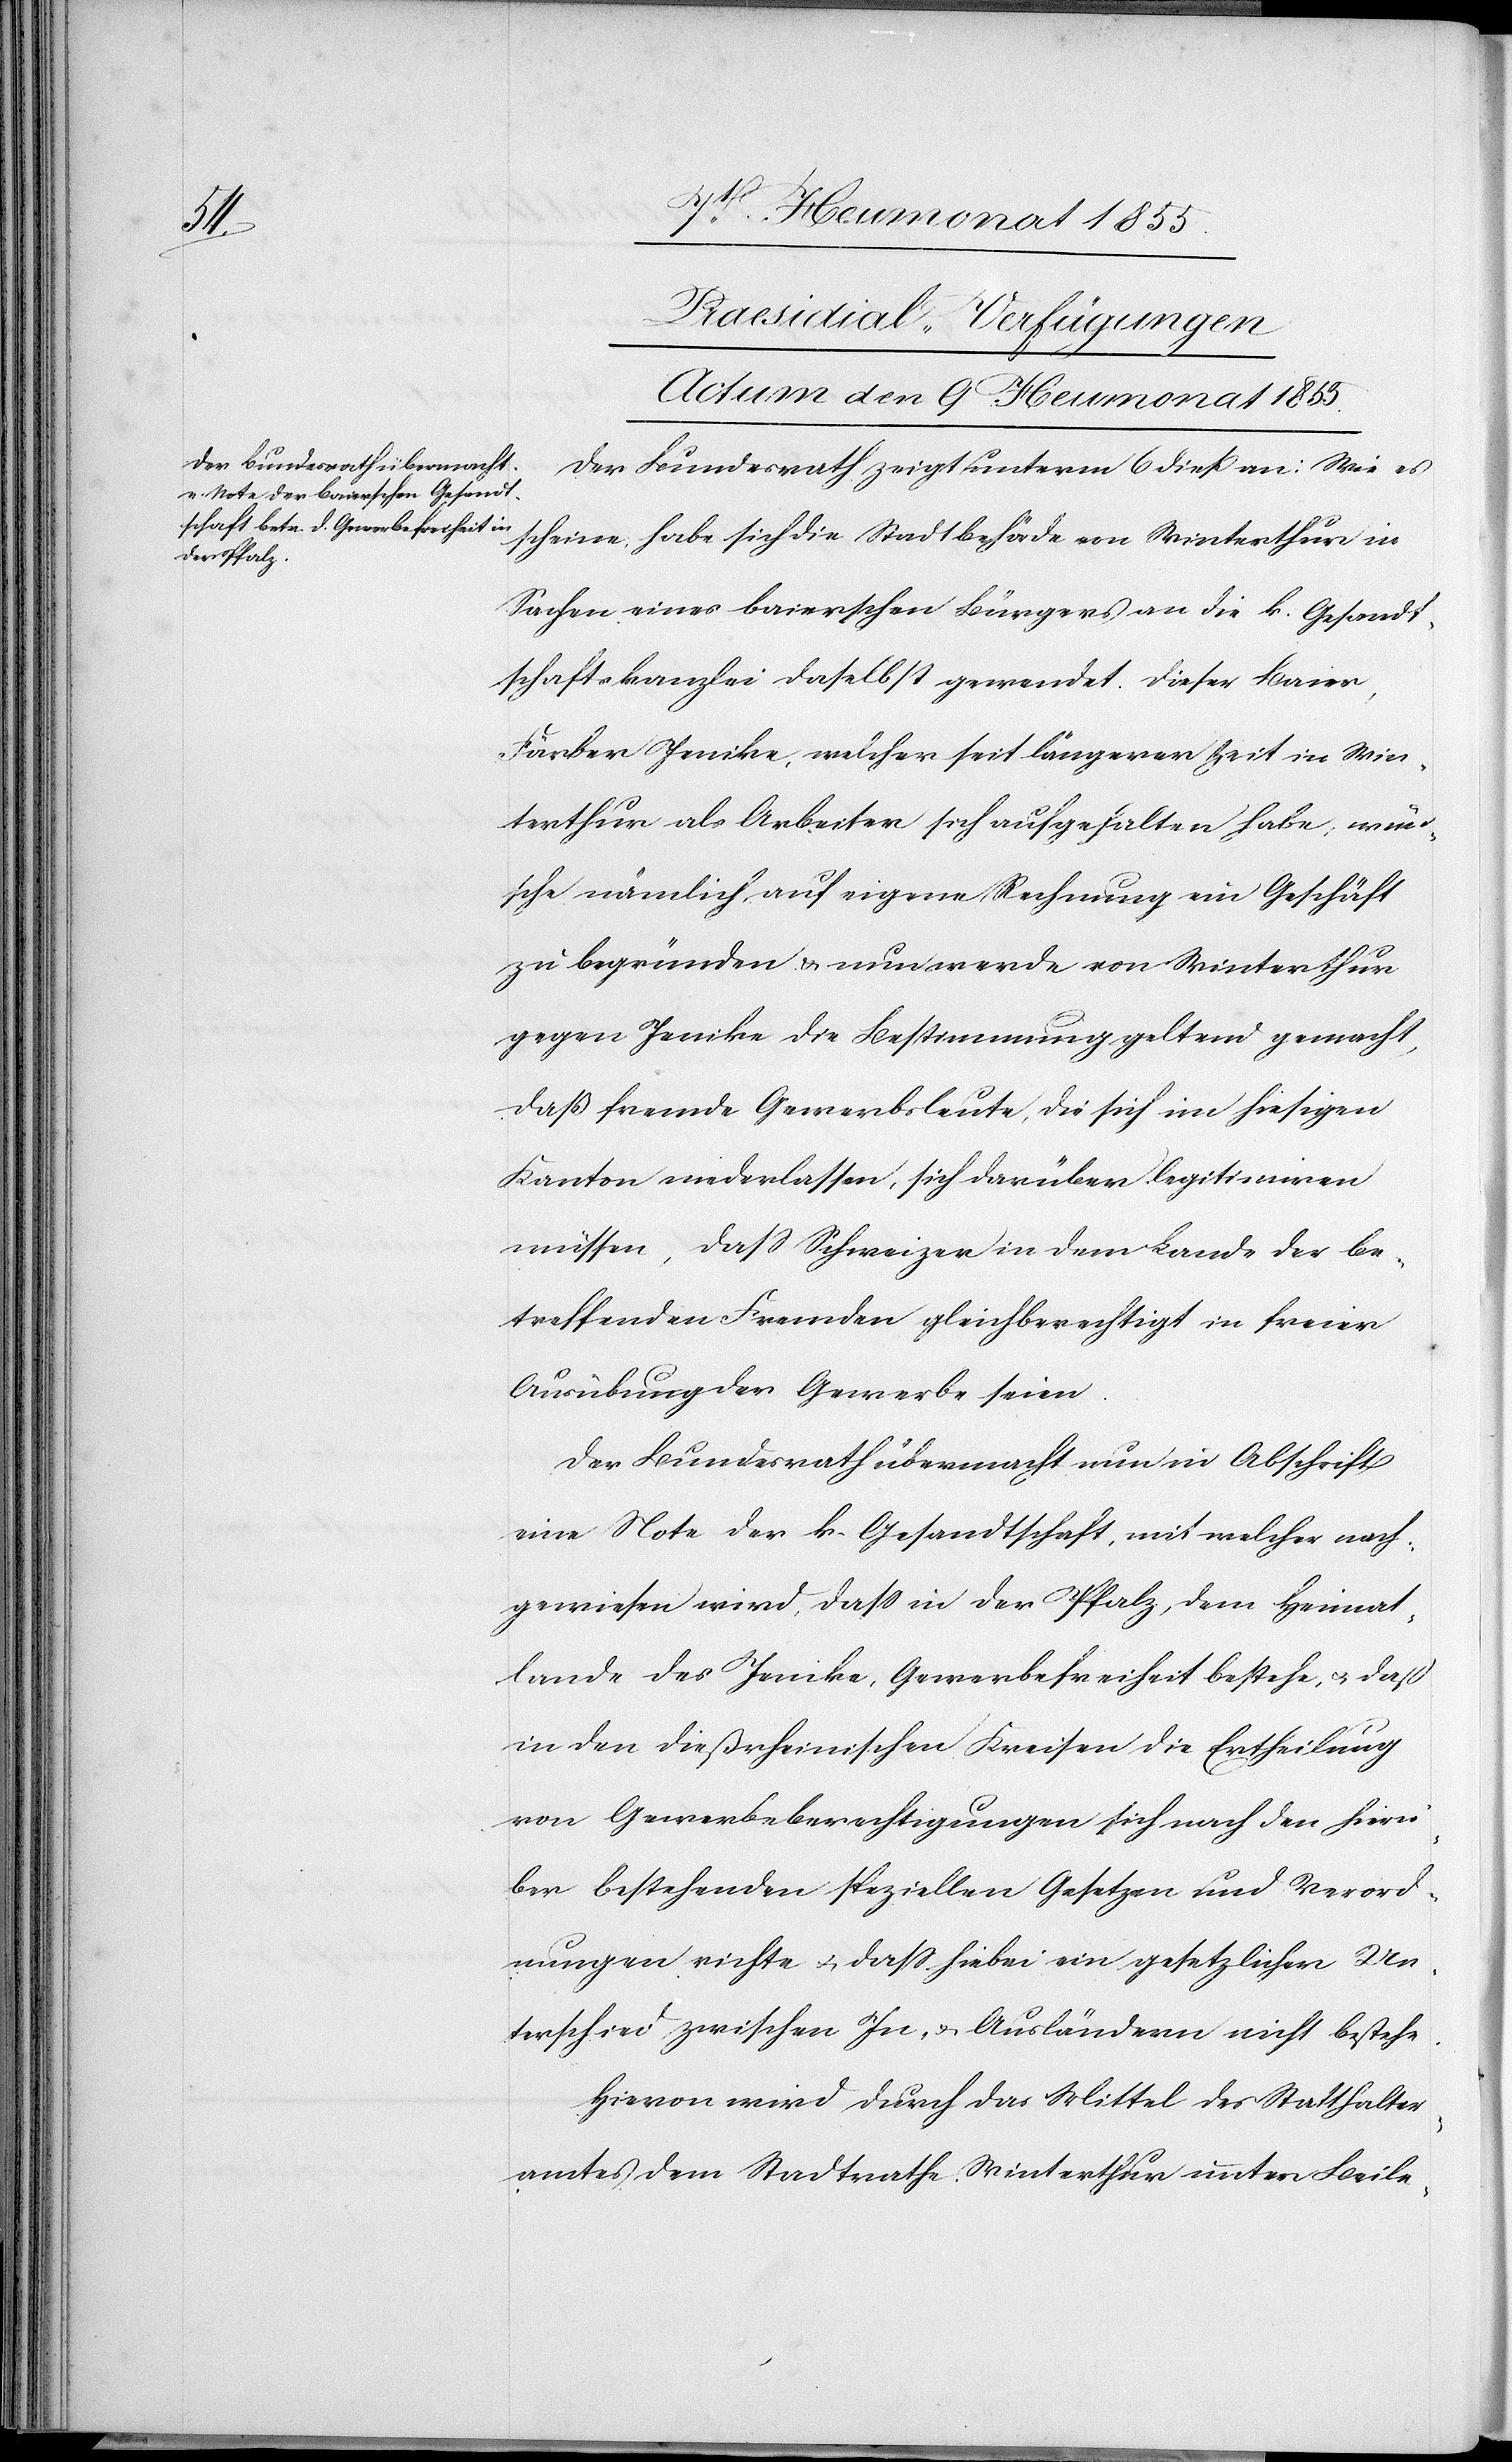
Praesidial-Verfügungen
Actum den 9 Heumonat 1855.
Der Bundesrath zeigt unterm 6 dieß an: Wie es
scheine, habe sich die Stadtbehörde von Winterthur in
Sachen eines baierschen Bürgers an die k. Gesandt¬
schaftskanzlei daselbst gewendet. Dieser Baier,
Färber Jenike, welcher seit längerer Zeit in Win¬
terthur als Arbeiter sich aufgehalten habe, wün¬
sche nämlich, auf eigene Rechnung ein Geschäft
zu begründen & nun werde von Winterthur
gegen Jenike die Bestimmung geltend gemacht,
daß fremde Gewerbsleute, die sich im hiesigen
Kanton niederlassen, sich darüber legitimiren
müssen, dass Schweizer in dem Lande der be¬
treffenden Fremden gleichberechtigt in freier
Ausübung der Gewerbe seien.
Der Bundesrath übermacht nun in Abschrift
eine Note der k. Gesandtschaft, mit welcher nach¬
gewiesen wird, dass in der Pfalz, dem Heimat¬
lande des Jenike, Gewerbefreiheit bestehe, & daß
in den dießrheinischen Kreisen die Ertheilung
von Gewerbeberechtigungen sich nach den hierü¬
ber bestehenden speziellen Gesetzen und Verord¬
nungen richte & dass hiebei ein gesetzlicher Un¬
terschied zwischen In- & Ausländern nicht bestehe.
Hievon wird durch das Mittel des Statthalter¬
amtes dem Stadtrathe Winterthur unter Beile-